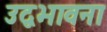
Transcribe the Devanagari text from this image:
उद्वभावना